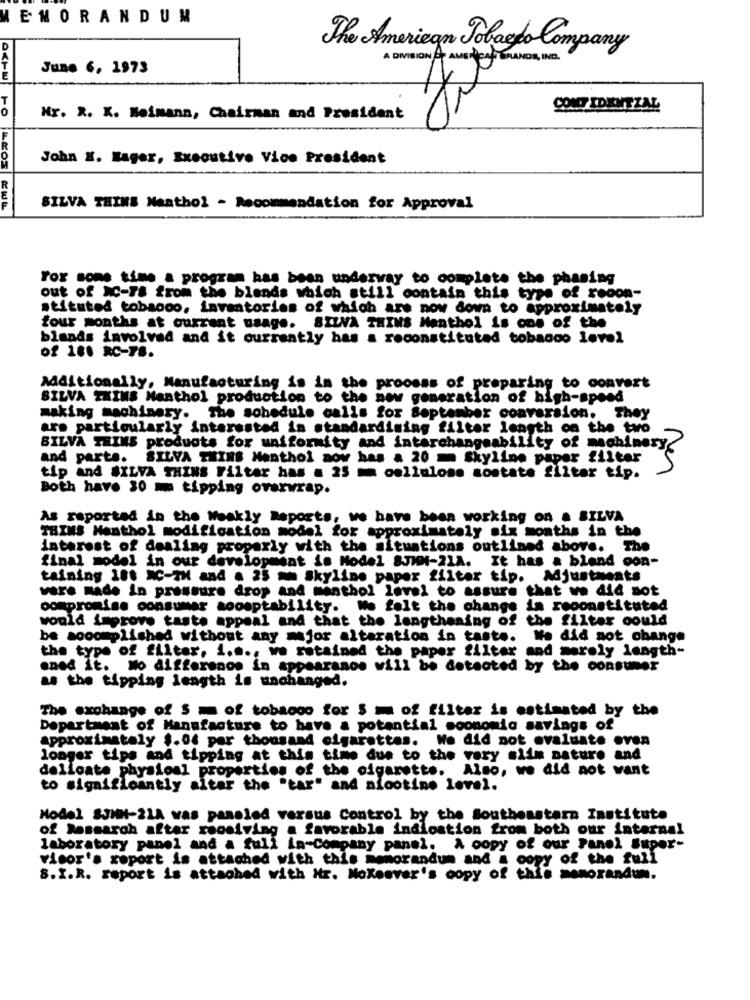
EMORANDUM
D
The American Tobacdo Company
A DIVISION A AMEN DENT BRANDS INC.
June 6, 1973
E
CONF IDENTZAL
Nr. R. K. Neimann, Chairman and President
John E. Mager, Executive Vice President
PO LEOS
SILVA THINS Menthol - Recommendation for Approval
For some time a program has been underway to complete the phasing
out of XC-FS from the blends which still contain this type of reoon-
stituted tobagoo, inventories of which are now down to approximately
four months at current usage. SILVA THINS Menthol is one of the
blands involved and it currently has a reconstituted tobacco level
of 180 RC-78.
Additionally, Manufacturing is in the process of preparing to convert
SILVA TWINS Nenthol production to the new generation of high-speed
making machinery.
The schedule calls for September conversion. They
are particularly interested in standardising filter length on the two
SILVA TRINS products for uniformity and interchangeability of machinery
and parts.
SILVA THING Menthol aow has a 20 = Skyline paper filter
tip and SILVA THINS Filter has a 25 mm cellulose montate filter tip.
Both have 30 m tipping overwrap.
As reported in the Weekly Reports, we have been working on a SILVA
THINS Menthol modification model for approximately six months in the
interest of dealing properly with the situations outlined above. The
final model in our development is Model SJIM4-21A. It has a blend con-
taining 180 XC-TH and a 25 mm Skyline paper filter tip. Adjustments
were made in pressure drop and menthol level to assure that we did not
compromise consumer aoosptability. We felt the change in reconstituted
would improve taste appeal and that the lengthening of the filter could
be accomplished without any major altaration in taste. We did not change
of filter, i ..., we retained the paper filter and merely length-
oned ft.
No difference in appearance will be detected by the consumer
as the tipping length is unchanged.
The exchange of S m of tobacco for $ = of filter is estimated by the
Department of Manufacture to have a potential soonomic savings of
approximately $.06 per thousand cigarettes. We did not evaluate oven
longer tips and tipping at this time due to the very slim nature and
delicate physical properties of the cigarette. Also, we did not want
to significantly after the "tar" and nicotine level.
Model SJHM-21A was paneled versus Control by the Southeastern Institute
of Research after roosiving a favorable indlostion from both our internal
laboratory panel and a full in-Company panel. A copy of our Panel Super-
visor's report is attached with this memorandum and a copy of the full
8.I.R. report is attached with Nr. Noxeever's copy of this memorandum.